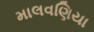
માલવણિયા